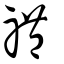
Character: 禮